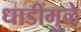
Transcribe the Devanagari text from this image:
धाडींमुळे